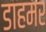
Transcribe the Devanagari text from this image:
डाहमर